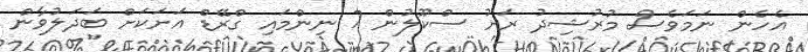
އެހެން ނަމަވެސް މުރުޝިދު ރަށު ސްކޫލުން 7 ނިންމައި ގްރޭޑް އަށަކަށް ބަދަލުވާން